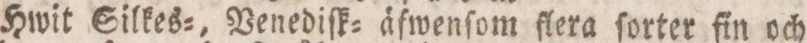
Hwit Silkes=, Venediſk= äfwenſom flera ſorter fin och